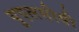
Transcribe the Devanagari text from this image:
यूएलसीसी